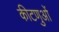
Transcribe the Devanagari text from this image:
कीटणुओं